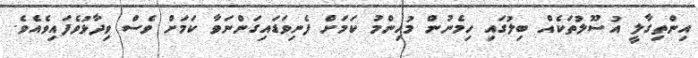
އިންތިގާލީ އުސޫލުތަކެއް ބިލުގައި ހިމެނުން މުހިންމު ކަމަށް ފެނިވަޑައިގަންނަވާ ކަމަށް ވެސް ވިދާޅުވެފައިވެއެވެ.